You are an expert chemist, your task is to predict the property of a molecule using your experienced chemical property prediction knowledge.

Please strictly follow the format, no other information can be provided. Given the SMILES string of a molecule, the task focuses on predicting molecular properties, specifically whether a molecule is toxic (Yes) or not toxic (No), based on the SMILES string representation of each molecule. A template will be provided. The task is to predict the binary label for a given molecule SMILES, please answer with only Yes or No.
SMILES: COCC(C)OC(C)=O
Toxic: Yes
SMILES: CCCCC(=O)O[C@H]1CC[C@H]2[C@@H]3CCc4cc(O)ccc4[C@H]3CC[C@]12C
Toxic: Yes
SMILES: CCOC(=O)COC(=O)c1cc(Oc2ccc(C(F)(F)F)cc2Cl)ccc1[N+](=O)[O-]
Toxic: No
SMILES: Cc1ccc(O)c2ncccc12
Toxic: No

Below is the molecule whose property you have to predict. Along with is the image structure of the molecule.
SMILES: Cc1cc(Cl)ccc1OC(C)C(=O)O
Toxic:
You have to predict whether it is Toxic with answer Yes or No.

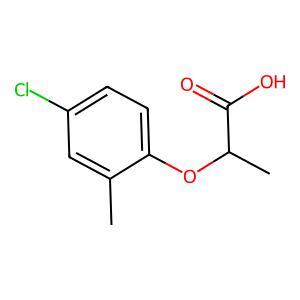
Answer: No